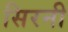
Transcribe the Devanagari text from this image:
सिरनी